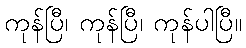
ကုန်ပြီ၊ ကုန်ပြီ၊ ကုန်ပါပြီ။